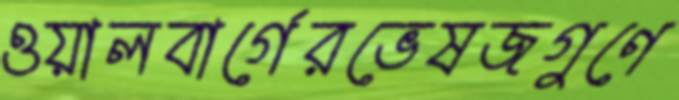
ওয়ালবার্গেরভেষজগুণে